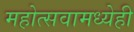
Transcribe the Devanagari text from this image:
महोत्सवामध्येही